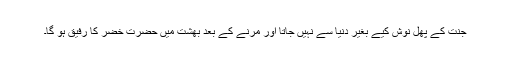
جنت کے پھل نوش کیے بغیر دنیا سے نہیں جاتا اور مرنے کے بعد بھشت میں حضرت خضرؑ کا رفیق ہو گا۔